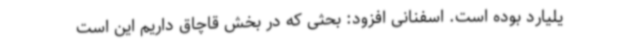
یلیارد بوده است. اسفنانی افزود: بحثی که در بخش قاچاق داریم این است